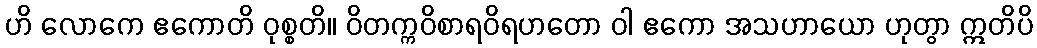
ဟိ လောကေ ဧကောတိ ဝုစ္စတိ။ ဝိတက္ကဝိစာရဝိရဟတော ဝါ ဧကော အသဟာယော ဟုတွာ ဣတိပိ